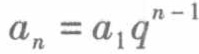
\(a_{n}=a_{1}q^{n - 1}\)